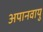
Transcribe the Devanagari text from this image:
अपानवायु